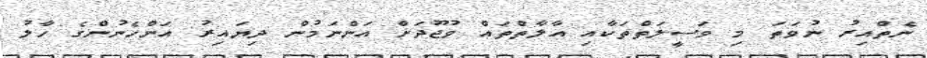
ނެތްއިރު ނުވަތަ މި ވަސީލަތްތަކާއި އާލާތްތައް ވުޖޫދަށް އަންނަމުން ދިޔައިރު އަންހެނުންގެ ހާލު